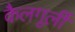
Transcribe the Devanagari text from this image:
कैलगूर्ली